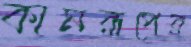
কামরূপের